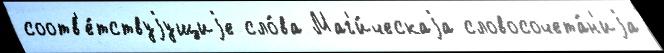
соотв'е́тствуjущиjе сло́ва Маг'и́ческаjа словосочета́н'иjа